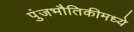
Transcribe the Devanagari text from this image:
पुंजभौतिकीमध्ये